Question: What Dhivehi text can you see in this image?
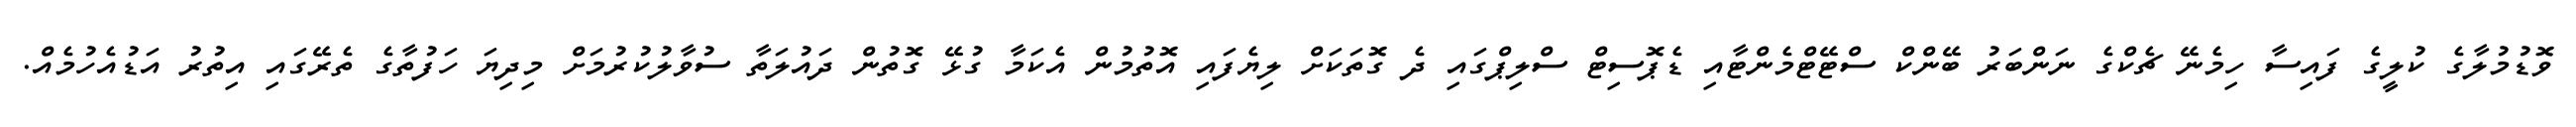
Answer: ވޮޑުމުލާގެ ކުލީގެ ފައިސާ ހިމެނޭ ޗެކްގެ ނަންބަރު ބޭންކް ސްޓޭޓްމެންޓާއި ޑެޕޮސިޓް ސްލިޕްގައި ދެ ގޮތަކަށް ލިޔެފައި އޮތުމުން އެކަމާ ގުޅޭ ގޮތުން ދައުލަތާ ސުވާލުކުރުމަށް މިދިޔަ ހަފުތާގެ ތެރޭގައި އިތުރު އަޑުއެހުމެއް.